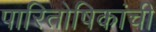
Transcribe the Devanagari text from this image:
पारितोषिकांची